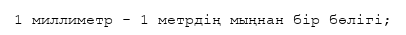
1 миллиметр - 1 метрдің мыңнан бір бөлігі;